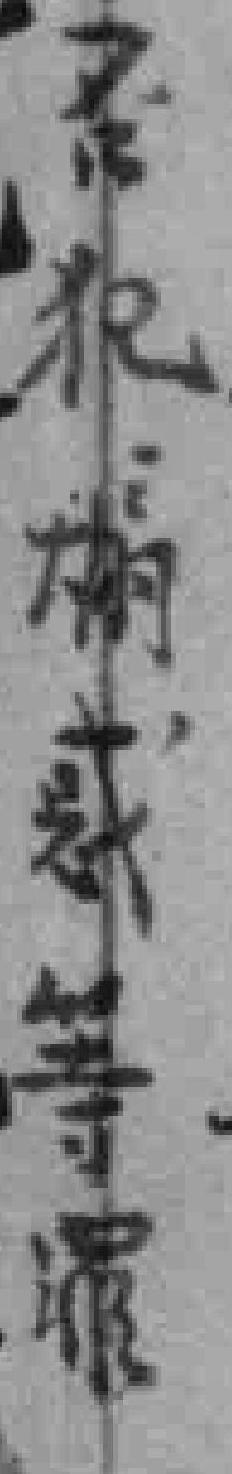
否犯煽惑等罪